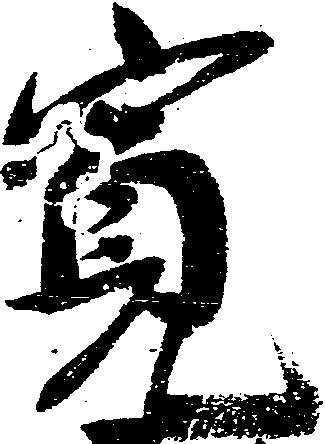
寛